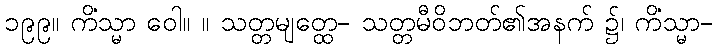
၁၉၉။ ကိံသ္မာ ဝေါ။ ။ သတ္တမျတ္ထေ- သတ္တမီဝိဘတ်၏အနက် ၌၊ ကိံသ္မာ-